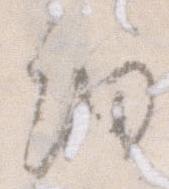
細